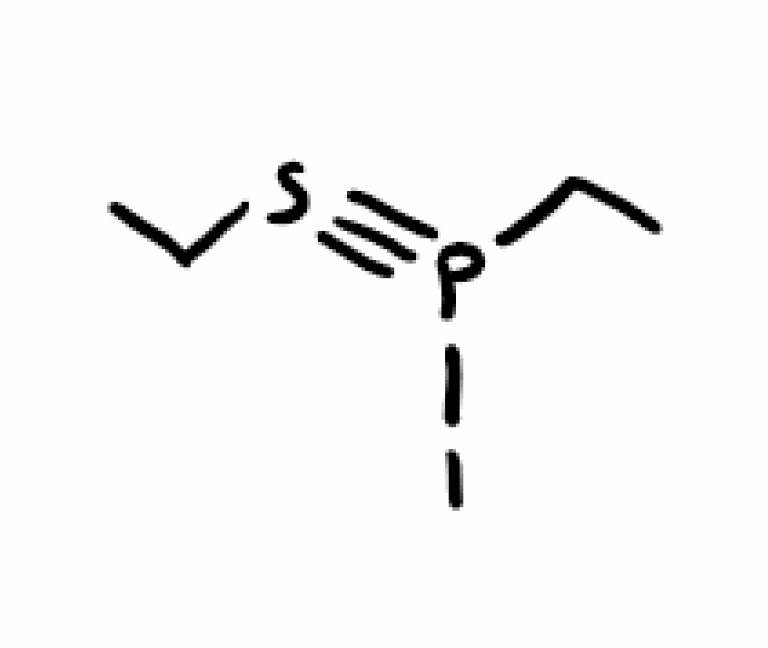
Simplified molecular-input line-entry system (SMILES) notation of the given molecule:
CCP(#SCC)I